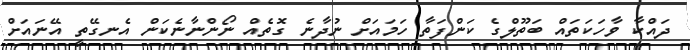
ދައްކާ ވާހަކަތައް ބަތޫލްގެ ކަންފަތާ ހަމައަށް ނުދާނެ ގޮތެއް ނޯންނާނެކަން އެނގޭތީ އޭނައަށް